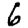
Digit: 6